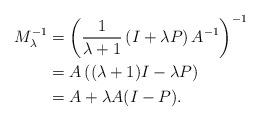
LaTeX: \begin{align*}\begin{aligned}M_{\lambda}^{-1} & =\left(\frac{1}{\lambda+1}\left(I+\lambda P\right)A^{-1}\right)^{-1}\\ &=A\left((\lambda+1)I-\lambda P\right)\\& = A +\lambda A(I-P).\end{aligned}\end{align*}